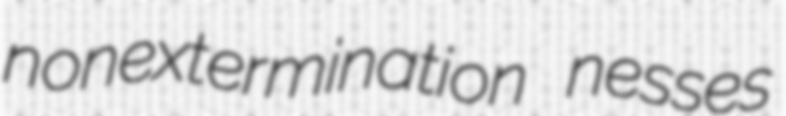
nonextermination nesses